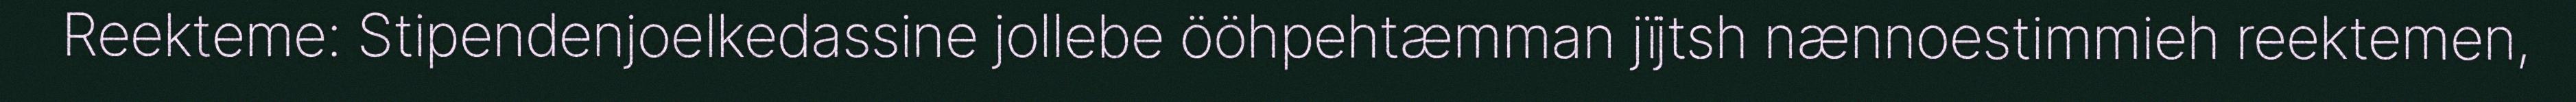
Reekteme: Stipendenjoelkedassine jollebe ööhpehtæmman jïjtsh nænnoestimmieh reektemen,